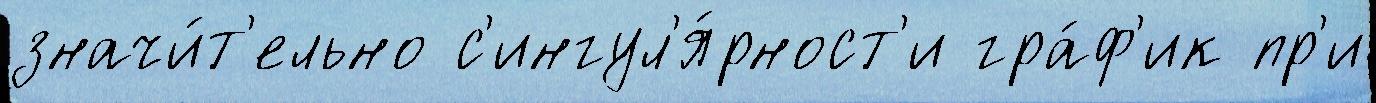
значи́т'ельно с'ингул'я́рност'и гра́ф'ик пр'и